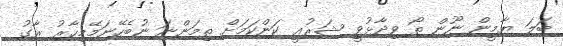
ބަލަ ޔާމީން ނޫން ތޯ ވިދާޅުވީ ޝަރުޢީ ކަންކަމަށް ތިމަންނަ ނުބެހޭނަމޭމިހާރު ރާގު